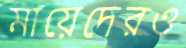
মায়েদেরও